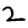
Digit: 2